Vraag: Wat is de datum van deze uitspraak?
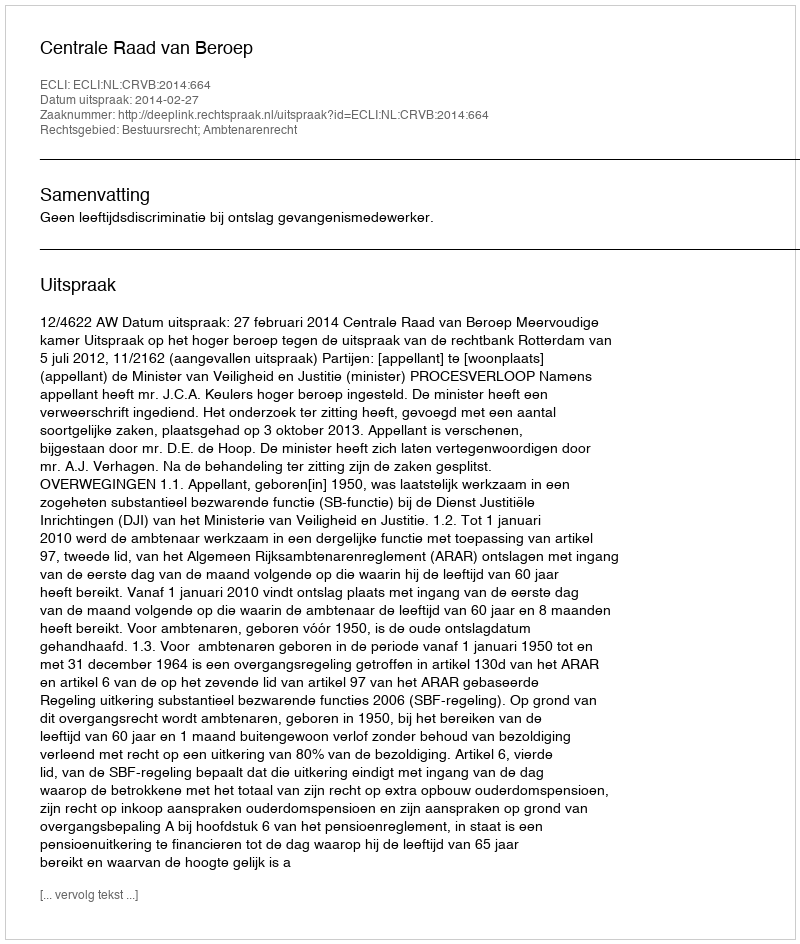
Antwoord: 2014-02-27